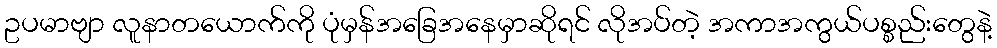
ဥပမာဗျာ လူနာတယောက်ကို ပုံမှန်အခြေအနေမှာဆိုရင် လိုအပ်တဲ့ အကာအကွယ်ပစ္စည်းတွေနဲ့